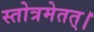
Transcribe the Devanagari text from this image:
स्तोत्रमेतत्।